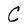
Character: C